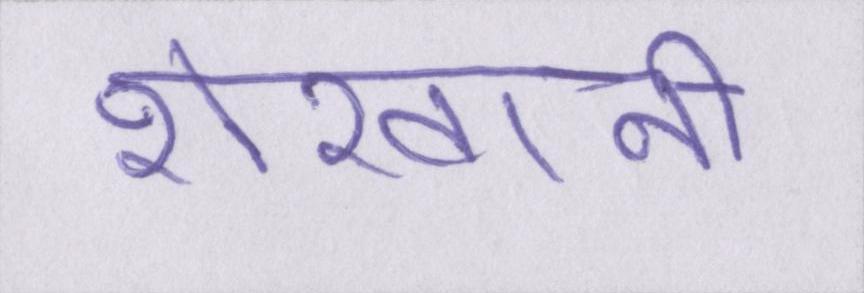
शेरवानी